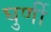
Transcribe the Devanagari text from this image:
घुर्णी